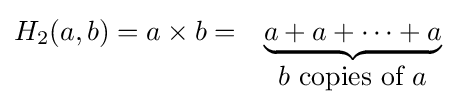
{\begin{matrix}H_{2}(a,b)=a\times b=&\underbrace {a+a+\dots +a} \\&b{\mbox{ copies of }}a\end{matrix}}